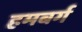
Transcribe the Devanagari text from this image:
हमबर्ग